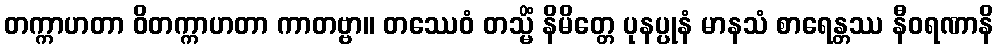
တက္ကာဟတာ ဝိတက္ကာဟတာ ကာတဗ္ဗာ။ တဿေဝံ တသ္မိံ နိမိတ္တေ ပုနပ္ပုနံ မာနသံ စာရေန္တဿ နီဝရဏာနိ